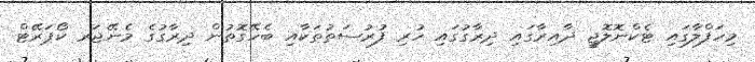
މިހަފްލާގައި ޓެކްނޮލޮޖީ ދާއިރާގައި ދިރާގުގައި ހުރި ފުރުސަތުތަކާއި ބެހޭގޮތުން ދިރާގުގެ މެނޭޖަރ ކޯޕަރޭޓް